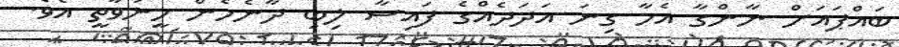
ބައްޕައަށް ނާންގާ އެހާ ގިނަ އަދަދެއްގެ ފައިސާ ލިބި ދާނެހެން ހީނުވާތީ އެވެ.